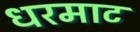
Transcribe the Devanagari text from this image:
धरमाट